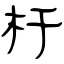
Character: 杆